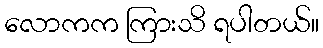
လောကက ကြားသိ ရပါတယ်။